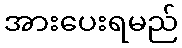
အားပေးရမည်